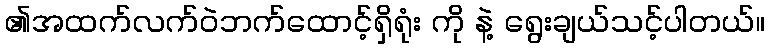
၏အထက်လက်ဝဲဘက်ထောင့်ရှိရုံး ကို နဲ့ ရွေးချယ်သင့်ပါတယ်။